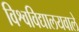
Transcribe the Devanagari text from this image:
विश्वविद्यालयवाले